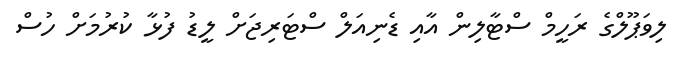
ލިވަޕޫލްގެ ރަހީމް ސްޓާލިން އާއި ޑެނިއަލް ސްޓަރިޖަށް ލީޑު ފުޅާ ކުރުމަށް ހުސް